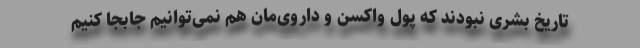
تاریخ بشری نبودند که پول واکسن و داروی‌مان هم نمی‌توانیم جابجا کنیم